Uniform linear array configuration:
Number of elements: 8
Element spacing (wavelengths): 0.25
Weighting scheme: exponential
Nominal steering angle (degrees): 0
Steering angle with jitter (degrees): -1.424
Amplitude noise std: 0.05
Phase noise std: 0.05

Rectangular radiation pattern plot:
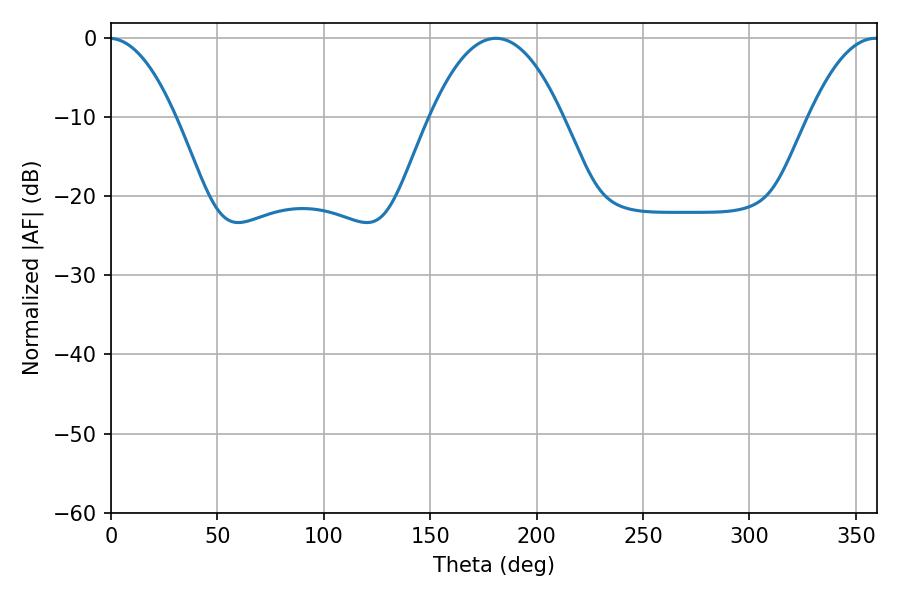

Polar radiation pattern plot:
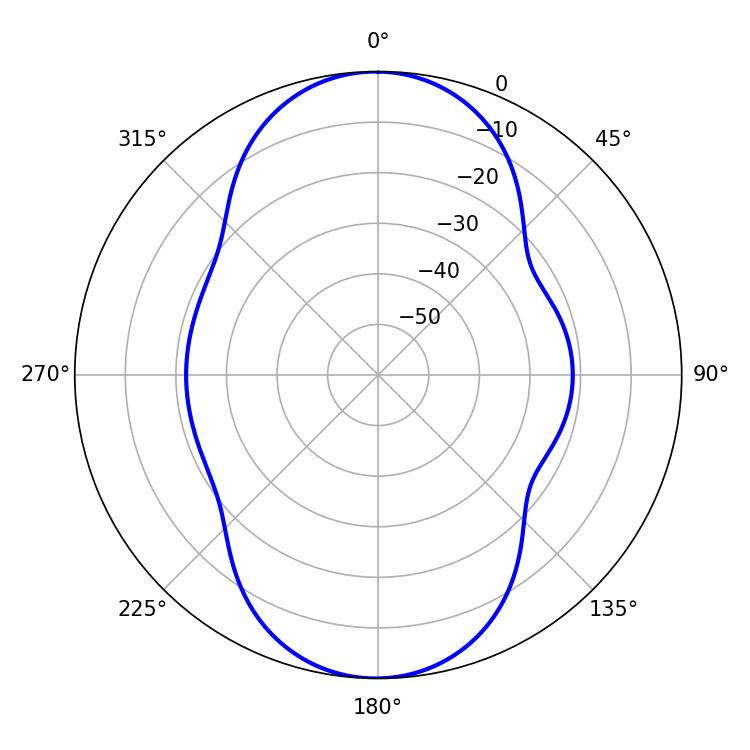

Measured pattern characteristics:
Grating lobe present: FALSE
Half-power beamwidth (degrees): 34.56
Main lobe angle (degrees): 180.9